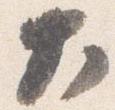
大